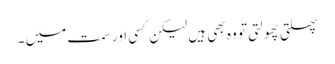
پھلتی پھولتی تو وہ بھی ہیں لیکن کسی اور سمت میں ۔